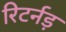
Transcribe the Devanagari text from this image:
रिटर्नड़